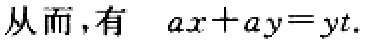
从而，有 \(ax + ay = yt.\)